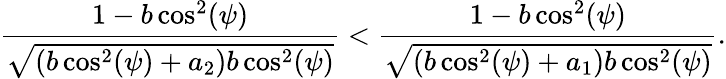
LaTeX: \frac{1-b\cos^{2}(\psi)}{\sqrt{(b\cos^{2}(\psi)+a_{2})b\cos^{2}(\psi)}}<\frac{1-b\cos^{2}(\psi)}{\sqrt{(b\cos^{2}(\psi)+a_{1})b\cos^{2}(\psi)}}.